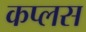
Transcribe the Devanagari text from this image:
कप्लस